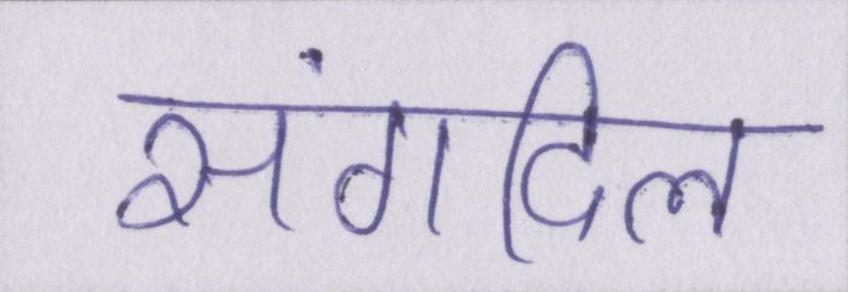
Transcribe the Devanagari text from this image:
संगदिल